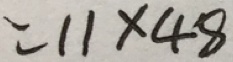
= 1 1 \times 4 8